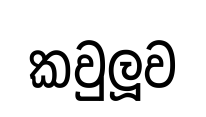
කවුලූව